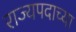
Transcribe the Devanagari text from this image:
राज्यपदाच्या